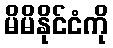
မိမိနိုင်ငံကို